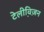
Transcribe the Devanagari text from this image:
टेलीवि़ज़न